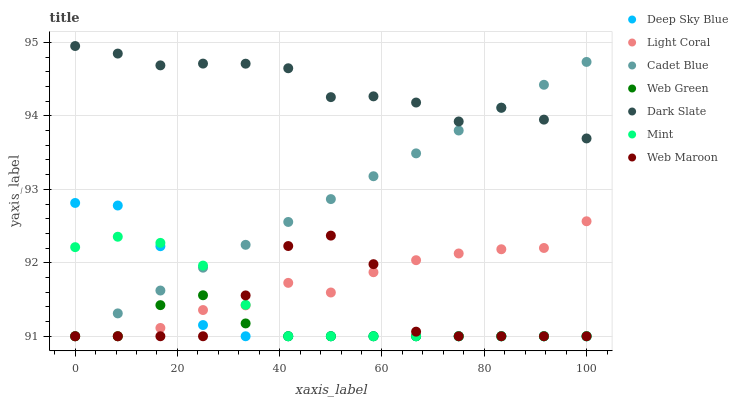
| xaxis_label | Deep Sky Blue | Light Coral | Cadet Blue | Web Green | Dark Slate | Mint | Web Maroon |
 | --- | --- | --- | --- | --- | --- | --- | --- |
 | 0 | 92.8 | 91 | 91 | 91 | 95 | 92.2 | 91 |
 | 8.33 | 92.8 | 91 | 91.3 | 91 | 94.8 | 92.4 | 91 |
 | 16.7 | 92.2 | 91.1 | 91.6 | 91.4 | 94.7 | 92.3 | 91 |
 | 25 | 91.2 | 91.4 | 91.9 | 91.6 | 94.7 | 92 | 91 |
 | 33.3 | 91 | 91.4 | 92.2 | 91.2 | 94.7 | 91.4 | 91.6 |
 | 41.7 | 91 | 91.7 | 92.6 | 91 | 94.6 | 91 | 92.2 |
 | 50 | 91 | 91.6 | 92.9 | 91 | 94.3 | 91 | 92.4 |
 | 58.3 | 91 | 91.9 | 93.2 | 91 | 94.3 | 91 | 92 |
 | 66.7 | 91 | 92 | 93.5 | 91 | 94.2 | 91 | 91.1 |
 | 75 | 91 | 92.1 | 93.8 | 91 | 93.9 | 91 | 91 |
 | 83.3 | 91 | 92.2 | 94.1 | 91 | 94.1 | 91 | 91 |
 | 91.7 | 91 | 92.2 | 94.4 | 91 | 93.9 | 91 | 91 |
 | 100 | 91 | 92.6 | 94.7 | 91 | 93.7 | 91 | 91 |